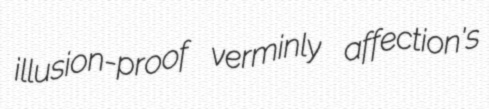
illusion-proof verminly affection's